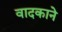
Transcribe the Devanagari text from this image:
वादकाने